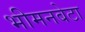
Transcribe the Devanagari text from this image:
भीमनबेटा